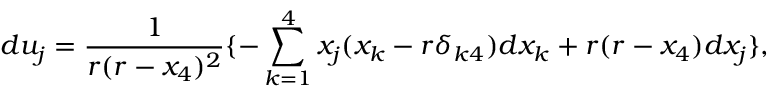
d u _ { j } = \frac 1 { r ( r - x _ { 4 } ) ^ { 2 } } \{ - \sum _ { k = 1 } ^ { 4 } x _ { j } ( x _ { k } - r \delta _ { k 4 } ) d x _ { k } + r ( r - x _ { 4 } ) d x _ { j } \} ,